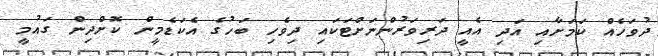
ދުވަހެއް ކަމަށާއި އަދި އެއީ ދަރިވަރުންނަށްޓަކައި ދިވެހި ބަހުގެ އެކަޑެމީން ކޮށްދިން ގައުމީ